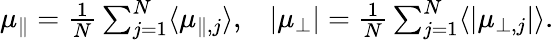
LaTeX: \begin{array}{r}{\mu_{\parallel}=\frac{1}{N}\sum_{j=1}^{N}\langle\mu_{\parallel,j}\rangle,\; \; \; \vert\mu_{\perp}\vert=\frac{1}{N}\sum_{j=1}^{N}\langle\vert\mu_{\perp,j}\vert\rangle.}\end{array}